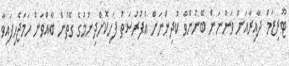
ޓޫރިޒަމް ދާއިރާއަށް ވަންނަން ބޭނުންވާ ކުދިންނަށް އެފުރުސަތު ފަހިކޮށްދިނުމުގެ ގޮތުން ބާއްވަން ހަމަޖެހިފައިވާ